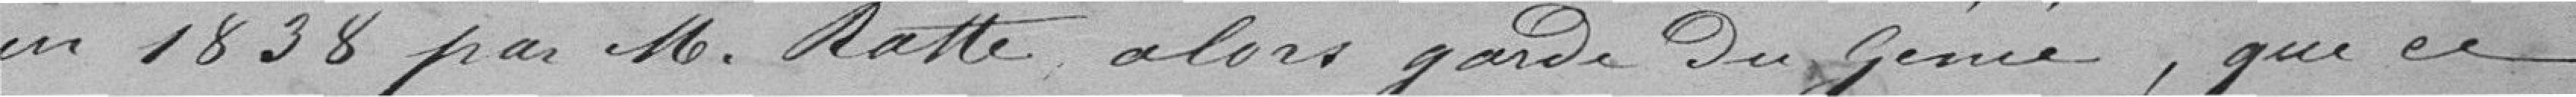
en 1838 par Monsieur Ratte alors garde du Génie, que ce